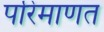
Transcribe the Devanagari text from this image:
परिमाणत